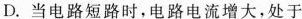
D.当电路短路时，电路电流增大，处于